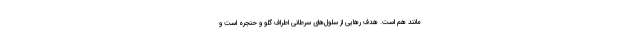
مانند هم است. هدف رهایی از سلول‌های سرطانی اطراف گلو و حنجره است و